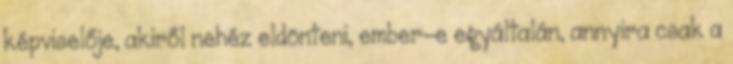
képviselője, akiről nehéz eldönteni, ember-e egyáltalán, annyira csak a